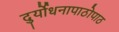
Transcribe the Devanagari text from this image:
दुर्योधनापाठोपाठ